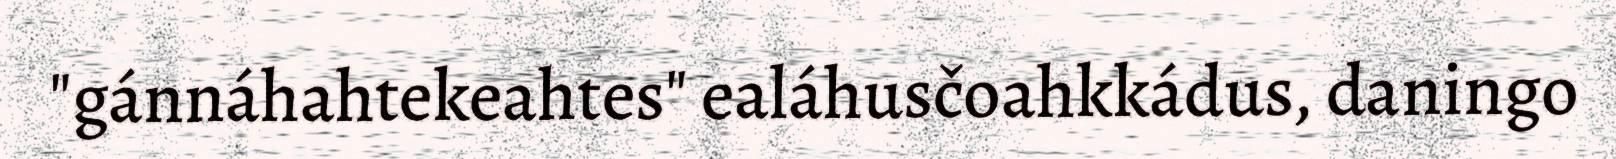
"gánnáhahtekeahtes" ealáhusčoahkkádus, daningo